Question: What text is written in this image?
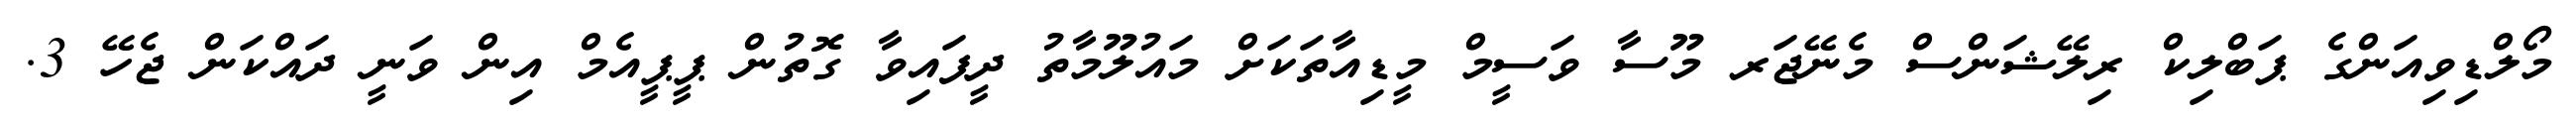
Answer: މޯލްޑިވިއަންގެ ޕަބްލިކް ރިލޭޝަންސް މެނޭޖަރ މޫސާ ވަސީމް މީޑިއާތަކަށް މައުލޫމާތު ދީފައިވާ ގޮތުން ޕީޕީއެމް އިން ވަނީ ދައްކަން ޖެހޭ 3.